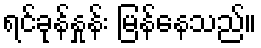
ရင်ခုန်နှုန်း မြန်နေသည်။